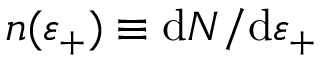
n ( \varepsilon _ { + } ) \equiv \mathrm { d } N / \mathrm { d } \varepsilon _ { + }